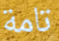
تامة